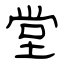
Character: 堂